Report of the Bombay Veterinary College
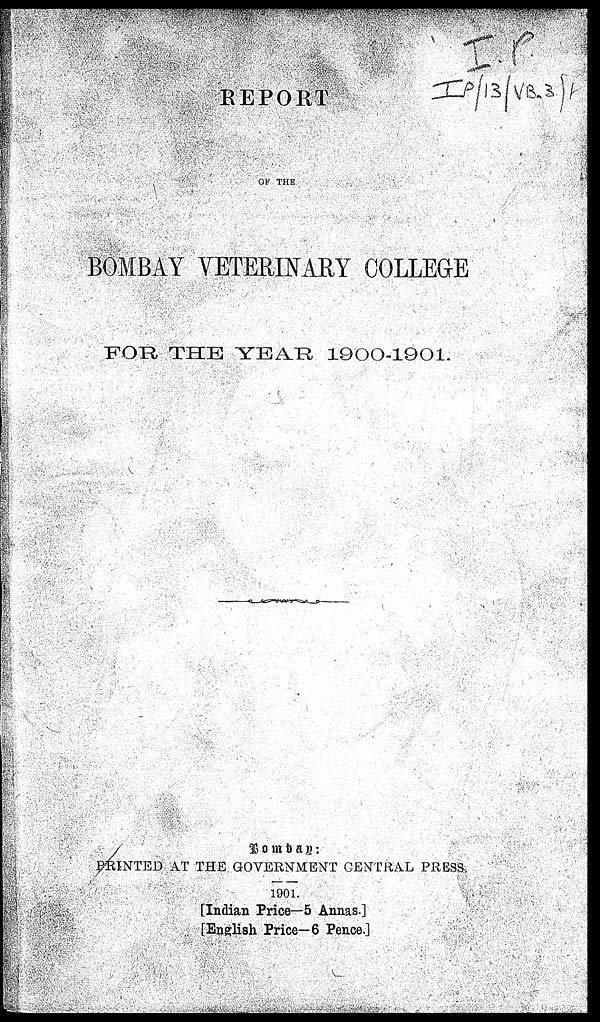
REPORT
OF THE
BOMBAY VETERINARY COLLEGE
FOR THE YEAR 1900-1901.
Bombay :
PRINTED AT THE GOVERNMENT CENTRAL PRESS.
1901.
[Indian Price—5 Annas.]
[English Price—6 Pence.]